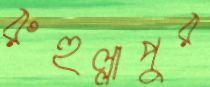
রুহুল্লাপুর